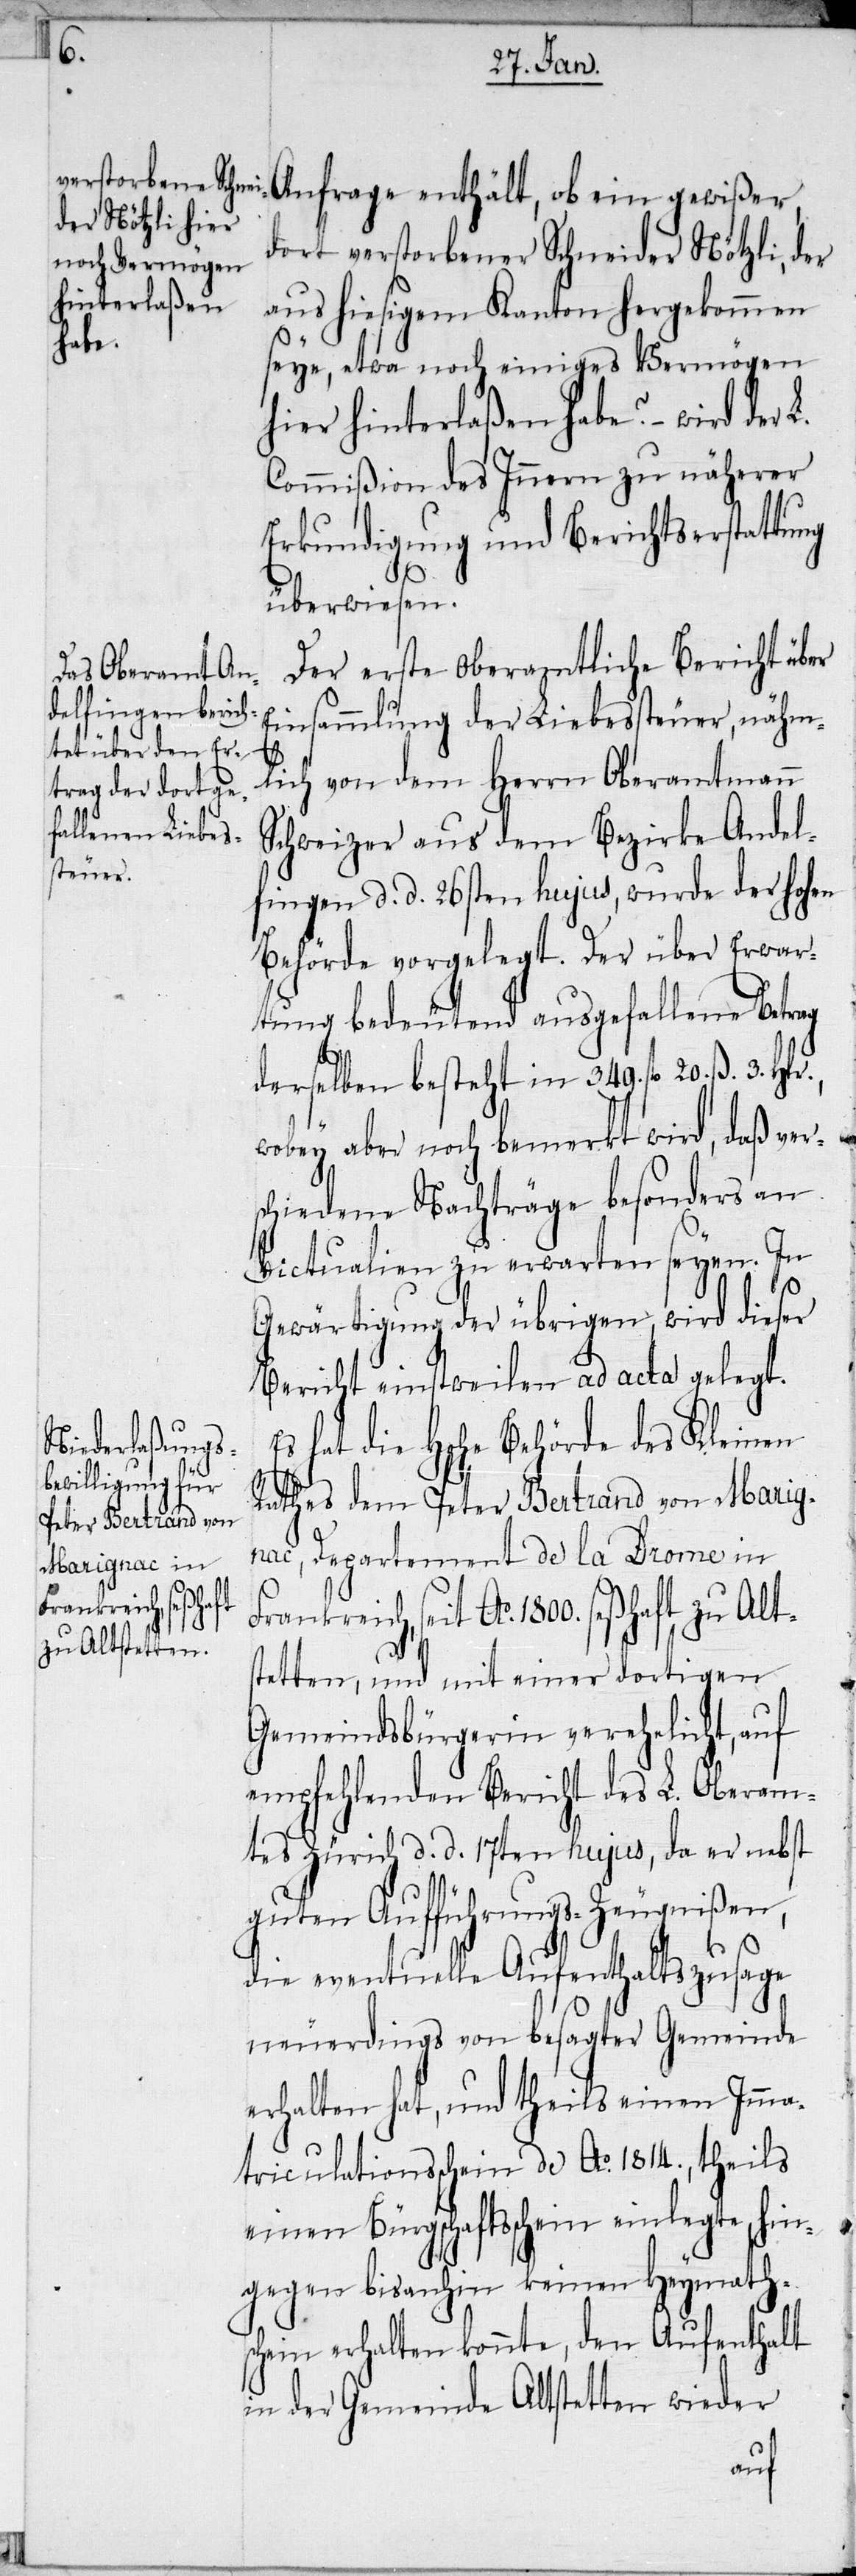
dort verstorbener Schneider Nötzli, der
aus hiesigem Kanton hergekommen
seye, etwa noch einiges Vermögen
hier hinterlaßen habe? – wird der
Commißion des Innern zu näherer
Erkundigung und Berichtserstattung
überwiesen.
Der erste oberamtliche Bericht über
Einsammlung der Liebessteuer, nähm¬
lich von dem Herrn Oberamtmann
Schweizer aus dem Bezirke Andel¬
fingen d. d. 26sten hujus, wurde der hohen
Behörde vorgelegt. Der über Erwar¬
tung bedeutend ausgefallene Betrag
derselben besteht in 349. fl 20. ß. 3. Hlr.,
wobey aber noch bemerkt wird, daß ver¬
schiedene Nachträge besonders an
Victualien zu erwarten seyen. In
Gewärtigung der übrigen wird dieser
Bericht einstweilen ad acta gelegt.
Es hat die Hohe Behörde des Kleinen
Rathes dem Peter Bertrand von Marig¬
nac, Departement de la Drome in
Frankreich, seit Ao. 1800. seßhaft zu Alt¬
stetten, und mit einer dortigen
Gemeindsbürgerin verehelicht, auf
empfehlenden Bericht des L. Oberam¬
tes Zürich d. d. 17ten hujus, da er nebst
guten Aufführungs-Zeugnißen,
die eventuelle Aufenthaltszusage
neuerdings von besagter Gemeinde
erhalten hat, und theils einen Imma¬
triculationsschein de Ao. 1814., theils
einen Bürgschaftsschein einlegte, hin¬
gegen bisanhin keinen Heymath¬
schein erhalten konnte, den Aufenthalt
in der Gemeinde Altstetten wieder